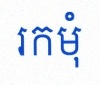
រកមុំ